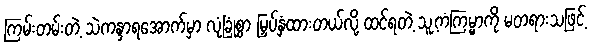
ကြမ်းတမ်းတဲ့ သဲကန္ဒာရအောက်မှာ လုံခြုံစွာ မြှပ်နှံထားတယ်လို့ ထင်ရတဲ့ သူ့ကံကြမ္မာကို မတရားသဖြင့်